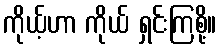
ကိုယ့်ဟာ ကိုယ် ရှင်းကြစို့။